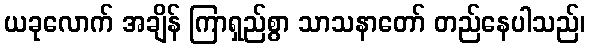
ယခုလောက် အချိန် ကြာရှည်စွာ သာသနာတော် တည်နေပါသည်၊